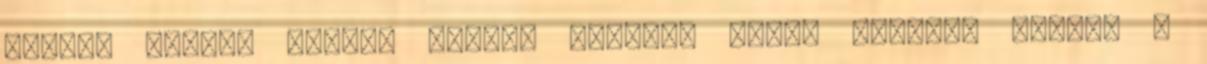
döntés alapja Angol, német, francia OKJ-s szakmai vizsga ,